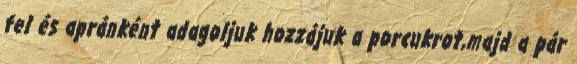
fel és apránként adagoljuk hozzájuk a porcukrot,majd a pár